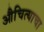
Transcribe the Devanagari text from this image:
औचित्याचा